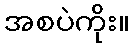
အစပဲကိုး။